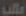
كلب